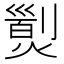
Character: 𤎁